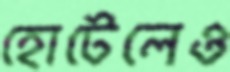
হোটেলেও